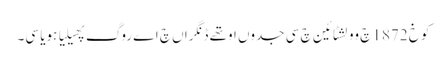
کوخ 1872 چ وولشٹائین چ سی جدوں اوتھے ڈنگراں چ اے روگ پھیلیا ہویا سی۔